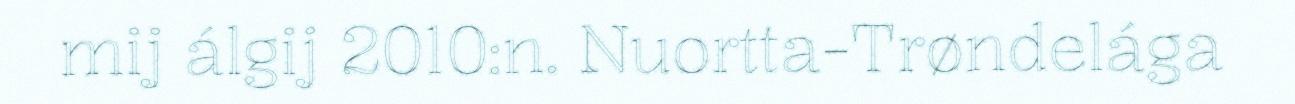
mij álgij 2010:n. Nuortta-Trøndelága